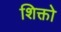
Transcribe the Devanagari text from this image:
शिक्तो